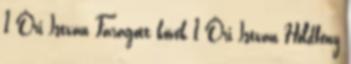
1 Őri István Faragott kövek 1 Őri István Holdfény